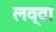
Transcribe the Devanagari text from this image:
लव्वा